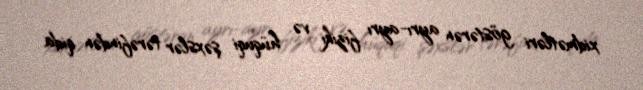
xidmətləri göstərən ayrı-ayrı fiziki və hüquqi şəxslər tərəfindən qida